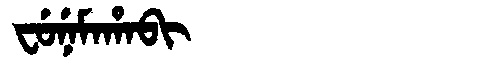
Manchu: ᠸᡠᠨᡝᠮᠠᡥᠠᠪᡳ
Romanization: FUNEMAHABI